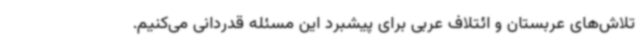
تلاش‌های عربستان و ائتلاف عربی برای پیشبرد این مسئله قدردانی می‌کنیم.